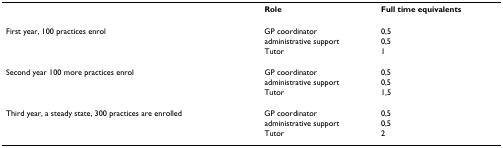
<table><thead><tr><td></td><td><b>Role</b></td><td><b>Full time equivalents</b></td></tr></thead><tbody><tr><td>First year, 100 practices enrol</td><td>GP coordinator</td><td>0,5</td></tr><tr><td></td><td>administrative support</td><td>0,5</td></tr><tr><td></td><td>Tutor</td><td>1</td></tr><tr><td>Second year 100 more practices enrol</td><td>GP coordinator</td><td>0,5</td></tr><tr><td></td><td>administrative support</td><td>0,5</td></tr><tr><td></td><td>Tutor</td><td>1,5</td></tr><tr><td>Third year, a steady state, 300 practices are enrolled</td><td>GP coordinator</td><td>0,5</td></tr><tr><td></td><td>administrative support</td><td>0,5</td></tr><tr><td></td><td>Tutor</td><td>2</td></tr></tbody></table>